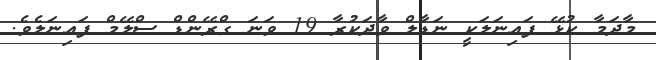
މާދަމާ ކުޅޭ ފައިނަލަކީ ނަޑާލް ވާދަކުރާ 19 ވަނަ ގްރޭންޑް ސްލޭމް ފައިނަލެވެ.